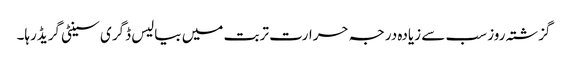
گزشتہ روز سب سے زیادہ درجہ حرارت تربت میں بیالیس ڈگری سینٹی گریڈرہا۔